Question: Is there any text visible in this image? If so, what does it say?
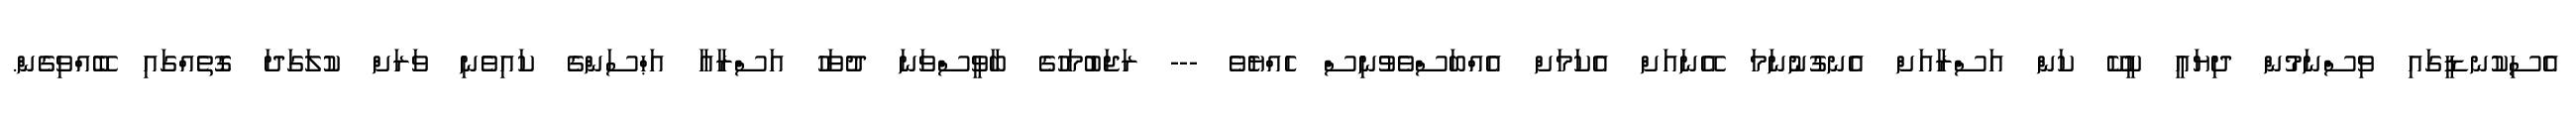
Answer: އެސިކުނޑީގައި ވިސްނަމުން ދިޔައީ ކީކޭ ކަން އަސްރާއަށް އެނގުނުނަމަ އޭނައަށް އެކަމަށް އެއްބަސްވެވުނިސް ހެއްޔެވެ --- ރަޖަބުމަހުގެ ބާވީސްވަނަ ދުވަހު އަސްރާއާ އަޙްސަންގެ ކައިވެނި ވަރަށް ކުލަގަދަ ގޮތެއްގައި ބޭއްވިގެން.